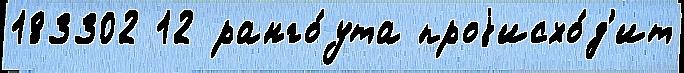
183302 12 ранго́ута проjисхо́д'ит